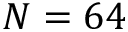
N = 6 4